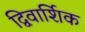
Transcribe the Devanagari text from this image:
द्विवार्शिक